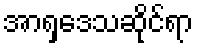
အာရှဒေသဆိုင်ရာ